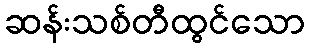
ဆန်းသစ်တီထွင်သော